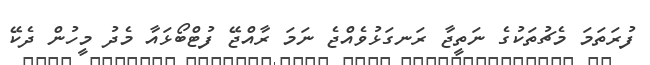
ފުރަތަމަ މެޗުތަކުގެ ނަތީޖާ ރަނގަޅުވެއްޖެ ނަމަ ރާއްޖޭ ފުޓްބޯޅައާ މެދު މީހުން ދެކޭ